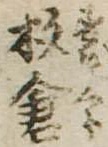
杉倉